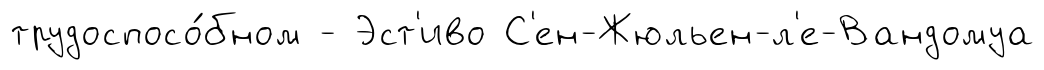
трудоспосо́бном - Эст'иво С'ен-Жюльен-л'е-Вандомуа